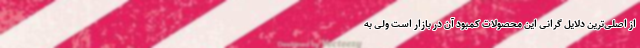
از اصلی‌ترین دلایل گرانی این محصولات کمبود آن در بازار است ولی به